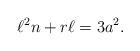
LaTeX: \begin{align*}\ell ^2n+r\ell = 3a^2.\end{align*}